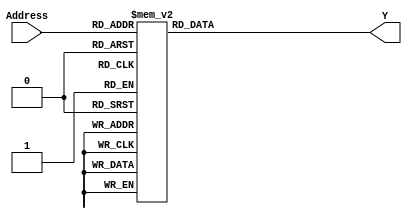

module ROM (input wire [6:0]Address, output reg [12:0]Y);//implementacion de rom por switch case
  always @(Address) begin
    case (Address)
      7'b0000000: Y = 13'b1000000001000 ;//primer caso con Don't cares
      7'b1000000: Y = 13'b1000000001000 ;
      7'b0100000: Y = 13'b1000000001000 ;
      7'b0010000: Y = 13'b1000000001000 ;
      7'b0001000: Y = 13'b1000000001000 ;
      7'b0000100: Y = 13'b1000000001000 ;
      7'b0000010: Y = 13'b1000000001000 ;
      7'b1111110: Y = 13'b1000000001000 ;
      7'b1111100: Y = 13'b1000000001000 ;
      7'b1111000: Y = 13'b1000000001000 ;
      7'b1110000: Y = 13'b1000000001000 ;
      7'b1100000: Y = 13'b1000000001000 ;
      7'b0111110: Y = 13'b1000000001000 ;
      7'b0011110: Y = 13'b1000000001000 ;
      7'b0001110: Y = 13'b1000000001000 ;
      7'b0000110: Y = 13'b1000000001000 ;
      7'b1011110: Y = 13'b1000000001000 ;
      7'b1001110: Y = 13'b1000000001000 ;
      7'b1000110: Y = 13'b1000000001000 ;
      7'b1000010: Y = 13'b1000000001000 ;
      7'b1101110: Y = 13'b1000000001000 ;
      7'b1100110: Y = 13'b1000000001000 ;
      7'b1100010: Y = 13'b1000000001000 ;
      7'b1110110: Y = 13'b1000000001000 ;
      7'b1110010: Y = 13'b1000000001000 ;
      7'b1111010: Y = 13'b1000000001000 ;
      7'b1111100: Y = 13'b1000000001000 ;//caso 1
      7'b0000101: Y = 13'b0100000001000 ;
      7'b0000111: Y = 13'b0100000001000 ;//caso 2
      7'b0000001: Y = 13'b1000000001000 ;
      7'b0000011: Y = 13'b1000000001000 ;//caso 3
      7'b0001101: Y = 13'b1000000001000 ;
      7'b0001111: Y = 13'b1000000001000 ;//caso 4
      7'b0001001: Y = 13'b0100000001000 ;
      7'b0001011: Y = 13'b0100000001000 ;//caso 5
      7'b0010001: Y = 13'b0001001000010 ;
      7'b0010011: Y = 13'b0001001000010 ;
      7'b0010101: Y = 13'b0001001000010 ;
      7'b0010111: Y = 13'b0001001000010 ;//caso 6
      7'b0011001: Y = 13'b1001001100000 ;
      7'b0011011: Y = 13'b1001001100000 ;
      7'b0011101: Y = 13'b1001001100000 ;
      7'b0011111: Y = 13'b1001001100000 ;//caso 7
      7'b0100001: Y = 13'b0011010000010 ;
      7'b0100011: Y = 13'b0011010000010 ;
      7'b0100101: Y = 13'b0011010000010 ;
      7'b0100111: Y = 13'b0011010000010 ;//caso8
      7'b0101001: Y = 13'b0011010000100 ;
      7'b0101011: Y = 13'b0011010000100 ;
      7'b0101101: Y = 13'b0011010000100 ;
      7'b0101111: Y = 13'b0011010000100 ;//Caso 9
      7'b0110001: Y = 13'b1011010100000 ;
      7'b0110011: Y = 13'b1011010100000 ;
      7'b0110101: Y = 13'b1011010100000 ;
      7'b0110111: Y = 13'b1011010100000 ;//caso 10
      7'b0111001: Y = 13'b1000000111000 ;
      7'b0111011: Y = 13'b1000000111000 ;
      7'b0111101: Y = 13'b1000000111000 ;
      7'b0111111: Y = 13'b1000000111000 ;//caso 11
      7'b1000011: Y = 13'b0100000001000 ;
      7'b1000111: Y = 13'b0100000001000 ;//caso 12
      7'b1000001: Y = 13'b1000000001000 ;
      7'b1000101: Y = 13'b1000000001000 ;//caso 13
      7'b1001011: Y = 13'b1000000001000 ;
      7'b1001111: Y = 13'b1000000001000 ;//caso 14
      7'b1001001: Y = 13'b0100000001000 ;
      7'b1001101: Y = 13'b0100000001000 ;//caso 15
      7'b1010001: Y = 13'b0011011000010 ;
      7'b1010011: Y = 13'b0011011000010 ;
      7'b1010101: Y = 13'b0011011000010 ;
      7'b1010111: Y = 13'b0011011000010 ;//caso 16
      7'b1011001: Y = 13'b1011011100000 ;
      7'b1011011: Y = 13'b1011011100000 ;
      7'b1011101: Y = 13'b1011011100000 ;
      7'b1011111: Y = 13'b1011011100000 ;//caso 17
      7'b1100001: Y = 13'b0100000001000 ;
      7'b1100011: Y = 13'b0100000001000 ;
      7'b1100101: Y = 13'b0100000001000 ;
      7'b1100111: Y = 13'b0100000001000 ;//caso 18
      7'b1101001: Y = 13'b0000000001001 ;
      7'b1101011: Y = 13'b0000000001001 ;
      7'b1101101: Y = 13'b0000000001001 ;
      7'b1101111: Y = 13'b0000000001001 ;//caso 19
      7'b1110001: Y = 13'b0011100000010 ;
      7'b1110011: Y = 13'b0011100000010 ;
      7'b1110101: Y = 13'b0011100000010 ;
      7'b1110111: Y = 13'b0011100000010 ;//caso 20
      7'b1111001: Y = 13'b1011100100000 ;
      7'b1111011: Y = 13'b1011100100000 ;
      7'b1111101: Y = 13'b1011100100000 ;
      7'b1111111: Y = 13'b1011100100000 ;//caso 21
      default:    Y = 13'bxxxxxxxxxxxxx ; // caso por default
    endcase
  end

endmodule